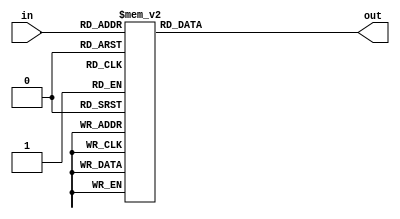
module decoder_4to16(
    input [3:0] in,
    output reg [15:0] out
);

always @(*)
begin
    case(in)
        4'b0000: out = 16'b0000_0000_0000_0001;
        4'b0001: out = 16'b0000_0000_0000_0010;
        4'b0010: out = 16'b0000_0000_0000_0100;
        4'b0011: out = 16'b0000_0000_0000_1000;
        4'b0100: out = 16'b0000_0000_0001_0000;
        4'b0101: out = 16'b0000_0000_0010_0000;
        4'b0110: out = 16'b0000_0000_0100_0000;
        4'b0111: out = 16'b0000_0000_1000_0000;
        4'b1000: out = 16'b0000_0001_0000_0000;
        4'b1001: out = 16'b0000_0010_0000_0000;
        4'b1010: out = 16'b0000_0100_0000_0000;
        4'b1011: out = 16'b0000_1000_0000_0000;
        4'b1100: out = 16'b0001_0000_0000_0000;
        4'b1101: out = 16'b0010_0000_0000_0000;
        4'b1110: out = 16'b0100_0000_0000_0000;
        4'b1111: out = 16'b1000_0000_0000_0000;
        default: out = 16'b0000_0000_0000_0000;
    endcase
end

endmodule